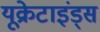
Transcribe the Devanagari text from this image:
यूक्रेटाइंड्स